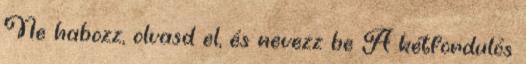
Ne habozz, olvasd el, és nevezz be A kétfordulós